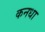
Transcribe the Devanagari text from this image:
कनधा